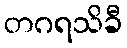
တဂရသိခီ